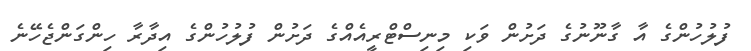
ފުލުހުންގެ އާ ގާނޫނުގެ ދަށުން ވަކި މިނިސްޓްރީއެއްގެ ދަށުން ފުލުހުންގެ އިދާރާ ހިންގަންޖެހޭނެ